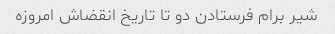
شیر برام فرستادن دو تا تاریخ انقضاش امروزه